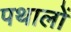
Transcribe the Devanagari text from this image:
पथालों